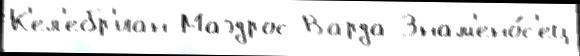
К'ел'ебр'иан Маэдрос Варда Знам'ено́с'ец